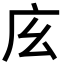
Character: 𢇝